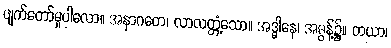
ဖျက်တော်မူပါလော။ အနာဂတေ၊ လာလတ္တံ့သော။ အဒ္ဓါနေ၊ အဓွန့်၌။ တယာ၊